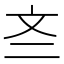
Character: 𫿭